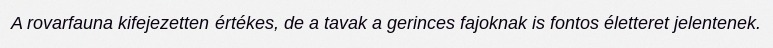
A rovarfauna kifejezetten értékes, de a tavak a gerinces fajoknak is fontos életteret jelentenek.